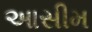
આસીમ